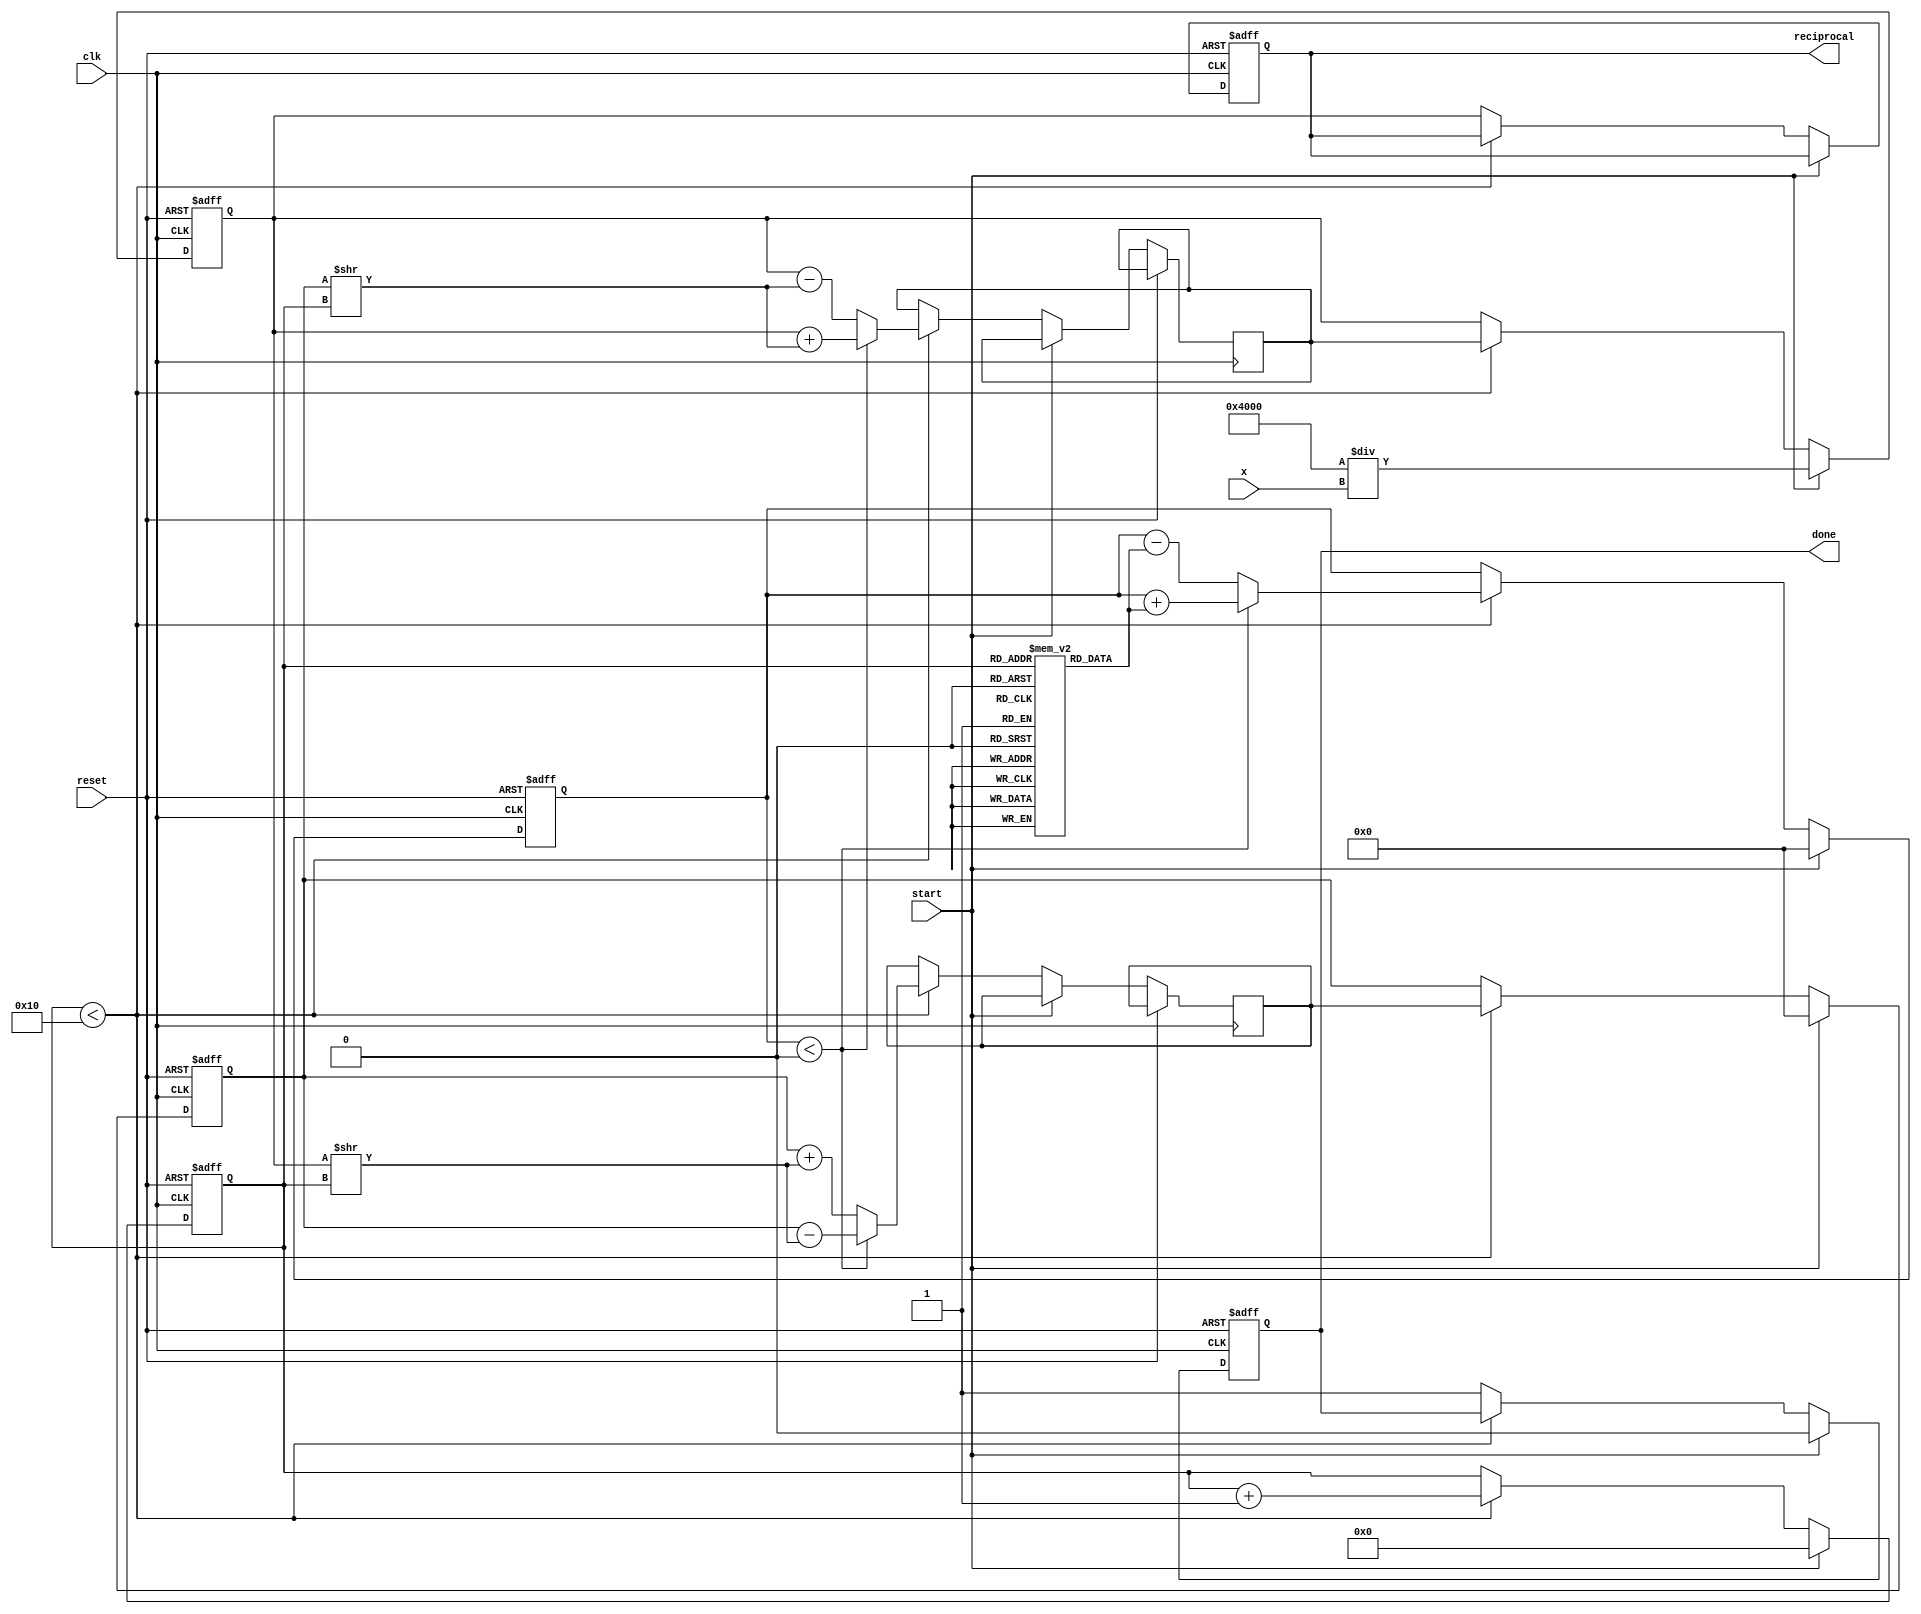
module cordic_reciprocal (
    input wire [15:0] x,        // Input value (fixed-point representation)
    input wire clk,             // Clock signal
    input wire reset,           // Asynchronous reset
    input wire start,           // Start signal
    output reg [15:0] reciprocal,// Computed reciprocal (fixed-point representation)
    output reg done             // Done signal
);

    // Parameters
    parameter NUM_ITERATIONS = 16; // Number of CORDIC iterations
    parameter FIXED_POINT_SCALE = 16'h4000; // Scaling factor (2^14)

    // Internal signals
    reg [15:0] z;                // Current approximation of reciprocal
    reg [3:0] iteration;         // Iteration counter
    reg [15:0] angle;            // Angle for rotation
    reg [15:0] x_curr;           // Current x value
    reg [15:0] y_curr;           // Current y value
    reg [15:0] x_next;           // Next x value
    reg [15:0] y_next;           // Next y value
    reg [15:0] angle_table [0:NUM_ITERATIONS-1]; // Lookup table for angles

    // Initialize angle table
    initial begin
        angle_table[0] = 16'h0000; // atan(2^0)
        angle_table[1] = 16'h2000; // atan(2^-1)
        angle_table[2] = 16'h1000; // atan(2^-2)
        angle_table[3] = 16'h0800; // atan(2^-3)
        angle_table[4] = 16'h0400; // atan(2^-4)
        angle_table[5] = 16'h0200; // atan(2^-5)
        angle_table[6] = 16'h0100; // atan(2^-6)
        angle_table[7] = 16'h0080; // atan(2^-7)
        angle_table[8] = 16'h0040; // atan(2^-8)
        angle_table[9] = 16'h0020; // atan(2^-9)
        angle_table[10] = 16'h0010; // atan(2^-10)
        angle_table[11] = 16'h0008; // atan(2^-11)
        angle_table[12] = 16'h0004; // atan(2^-12)
        angle_table[13] = 16'h0002; // atan(2^-13)
        angle_table[14] = 16'h0001; // atan(2^-14)
        angle_table[15] = 16'h0000; // atan(2^-15)
    end

    // State machine for CORDIC iterations
    always @(posedge clk or posedge reset) begin
        if (reset) begin
            reciprocal <= 16'b0;
            done <= 1'b0;
            iteration <= 4'b0;
            x_curr <= 16'b0;
            y_curr <= 16'b0;
            z <= 16'b0;
        end else if (start) begin
            // Initialize values
            x_curr <= FIXED_POINT_SCALE / x; // Initial approximation of reciprocal
            y_curr <= 16'b0;                  // y starts at 0
            z <= 16'b0;                       // Initial angle
            iteration <= 4'b0;                // Reset iteration counter
            done <= 1'b0;                     // Reset done signal
        end else if (iteration < NUM_ITERATIONS) begin
            // CORDIC rotation
            if (z < 0) begin
                // Rotate clockwise
                x_next <= x_curr + (y_curr >> iteration);
                y_next <= y_curr - (x_curr >> iteration);
                z <= z + angle_table[iteration];
            end else begin
                // Rotate counter-clockwise
                x_next <= x_curr - (y_curr >> iteration);
                y_next <= y_curr + (x_curr >> iteration);
                z <= z - angle_table[iteration];
            end

            // Update current values
            x_curr <= x_next;
            y_curr <= y_next;
            iteration <= iteration + 1;
        end else begin
            // Final output
            reciprocal <= x_curr; // Final approximation of reciprocal
            done <= 1'b1;         // Indicate computation is done
        end
    end
endmodule